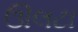
ઊલટા